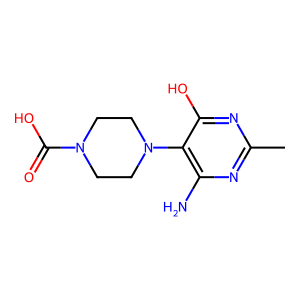
SMILES: Cc1nc(N)c(N2CCN(C(=O)O)CC2)c(O)n1
Inhibits HIV replication: No